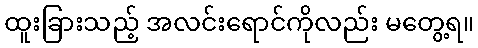
ထူးခြားသည့် အလင်းရောင်ကိုလည်း မတွေ့ရ။